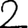
Digit: 2